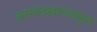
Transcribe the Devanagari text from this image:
इनायतखानाकडून